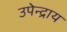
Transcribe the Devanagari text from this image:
उपेन्द्राय